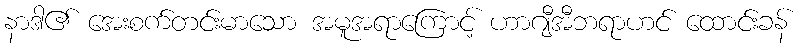
နာဒါ၏ အေးစက်တင်းမာသော အမူအရာကြောင့် ဟာဂျီအီဘရာဟင် ထောင်းခန်